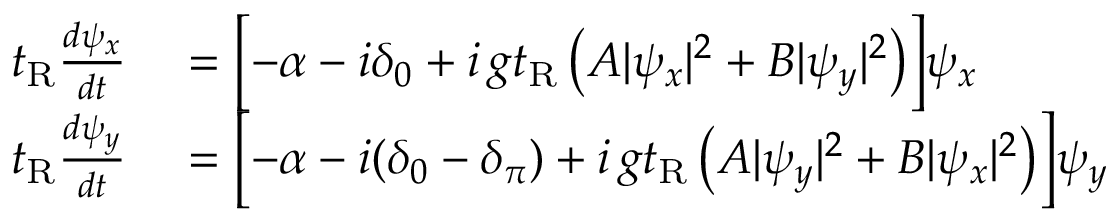
\begin{array} { r l } { t _ { \mathrm { R } } \frac { d \psi _ { x } } { d t } } & { { } = \Bigl [ - \alpha - i \delta _ { 0 } + i \, g t _ { \mathrm { R } } \left( A | \psi _ { x } | ^ { 2 } + B | \psi _ { y } | ^ { 2 } \right) \Bigr ] \psi _ { x } } \\ { t _ { \mathrm { R } } \frac { d \psi _ { y } } { d t } } & { { } = \Bigl [ - \alpha - i ( \delta _ { 0 } - \delta _ { \pi } ) + i \, g t _ { \mathrm { R } } \left( A | \psi _ { y } | ^ { 2 } + B | \psi _ { x } | ^ { 2 } \right) \Bigr ] \psi _ { y } } \end{array}